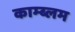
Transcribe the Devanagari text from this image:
काम्ब्लम